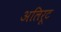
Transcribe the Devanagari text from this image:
अलिरूट